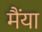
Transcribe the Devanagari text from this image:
मैंया